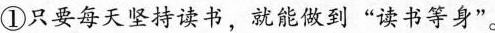
①只要每天坚持读书，就能做到”读书等身”。